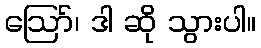
ဪ၊ ဒါ ဆို သွားပါ။